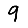
Digit: 9